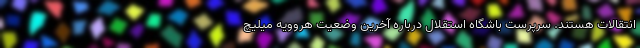
انتقالات هستند. سرپرست باشگاه استقلال درباره آخرین وضعیت هروویه میلیچ